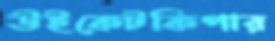
উইকেটকিপার